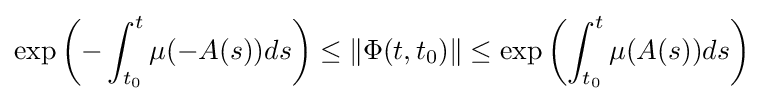
\exp \left(-\int _{t_{0}}^{t}\mu (-A(s))ds\right)\leq \|\Phi (t,t_{0})\|\leq \exp \left(\int _{t_{0}}^{t}\mu (A(s))ds\right)